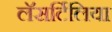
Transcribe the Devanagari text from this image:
लॅसर्टिलिया